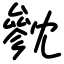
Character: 㓄